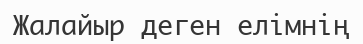
Жалайыр деген елімнің